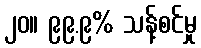
၂၀။ ၉၉.၉% သန့်စင်မှု